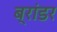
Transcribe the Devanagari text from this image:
ब्रांडर